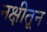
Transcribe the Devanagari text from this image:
नक्षीतून